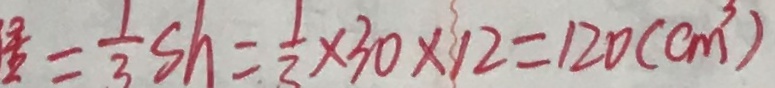
= \frac { 1 } { 3 } s h = \frac { 1 } { 3 } \times 3 0 \times 1 2 = 1 2 0 ( c m ^ { 3 } )